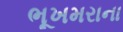
ભૂખમરાના